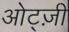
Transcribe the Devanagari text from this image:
ओट्ज़ी